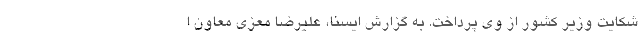
شکایت وزیر کشور از وی پرداخت. به گزارش ایسنا، علیرضا معزی معاون ا